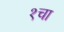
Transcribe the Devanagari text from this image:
१चा